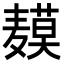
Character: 𬹍